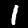
Digit: 1